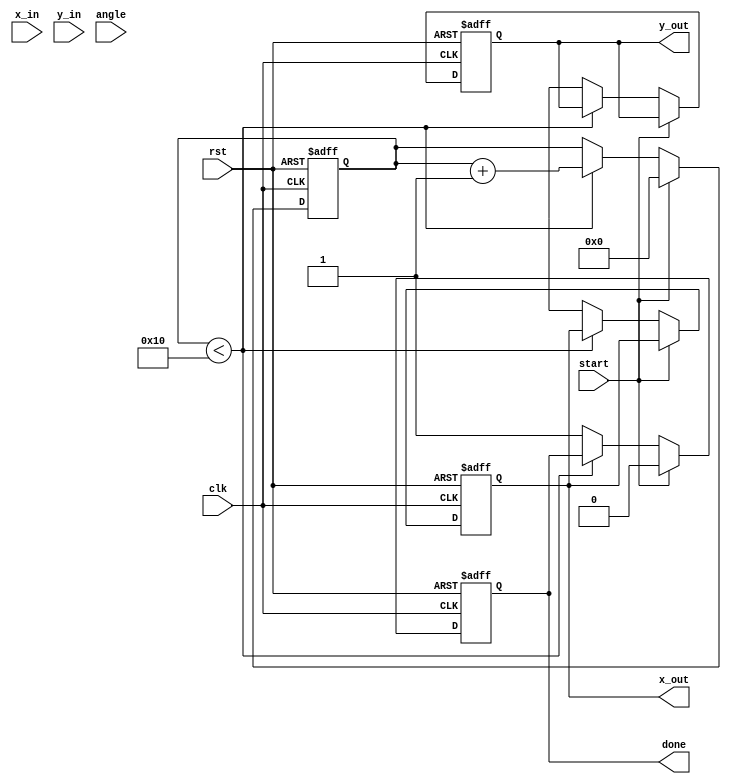
module cordic_2d (
    input wire clk,
    input wire rst,
    input wire start,
    input wire [15:0] x_in, // Input x coordinate
    input wire [15:0] y_in, // Input y coordinate
    input wire [15:0] angle, // Input angle in fixed-point format
    output reg [15:0] x_out, // Output x coordinate
    output reg [15:0] y_out, // Output y coordinate
    output reg done // Done signal
);

    // Parameters
    parameter NUM_ITERATIONS = 16; // Number of iterations
    parameter FIXED_POINT_SCALE = 16'h4000; // Scaling factor (2^14)

    // Internal signals
    reg [15:0] x [0:NUM_ITERATIONS-1]; // x values for each iteration
    reg [15:0] y [0:NUM_ITERATIONS-1]; // y values for each iteration
    reg [15:0] angle_table [0:NUM_ITERATIONS-1]; // Angle lookup table
    reg [3:0] iteration; // Iteration counter
    reg [15:0] current_angle; // Current angle
    reg direction; // Rotation direction

    // Initialize angle lookup table (atan(2^-i) values)
    initial begin
        angle_table[0] = 16'h2000; // atan(1) = 45 degrees
        angle_table[1] = 16'h1000; // atan(0.5) = 26.565 degrees
        angle_table[2] = 16'h0800; // atan(0.25) = 14.036 degrees
        // Fill in the rest of the table...
        // angle_table[3] = ...
        // angle_table[4] = ...
        // ...
    end

    // State machine for CORDIC operation
    always @(posedge clk or posedge rst) begin
        if (rst) begin
            iteration <= 0;
            done <= 0;
            x_out <= 0;
            y_out <= 0;
        end else if (start) begin
            // Initialize inputs
            x[0] <= x_in;
            y[0] <= y_in;
            current_angle <= angle;
            iteration <= 0;
            done <= 0;
        end else if (iteration < NUM_ITERATIONS) begin
            // Determine direction based on current angle
            direction <= (current_angle < 0) ? 1'b1 : 1'b0;

            // Update coordinates based on rotation equations
            if (direction) begin
                x[iteration + 1] <= x[iteration] + (y[iteration] >>> iteration);
                y[iteration + 1] <= y[iteration] - (x[iteration] >>> iteration);
                current_angle <= current_angle + angle_table[iteration];
            end else begin
                x[iteration + 1] <= x[iteration] - (y[iteration] >>> iteration);
                y[iteration + 1] <= y[iteration] + (x[iteration] >>> iteration);
                current_angle <= current_angle - angle_table[iteration];
            end

            // Increment iteration counter
            iteration <= iteration + 1;
        end else begin
            // Final output after all iterations
            x_out <= x[NUM_ITERATIONS];
            y_out <= y[NUM_ITERATIONS];
            done <= 1;
        end
    end

endmodule